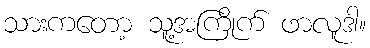
သားကတော့ သူ့အကြိုက် ဖာလူဒါ။